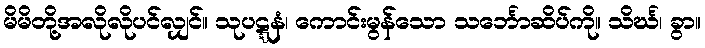
မိမိတို့အလိုလိုပင်လျှင်။ သုပဋ္ဋနံ၊ ကောင်းမွန်သော သင်္ဘောဆိပ်ကို။ သိင်္ဃ၊ ခွာ။